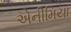
એનીમિયા